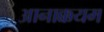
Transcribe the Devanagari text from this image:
आनाक्कयम